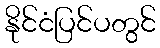
နိုင်ငံပြင်ပတွင်